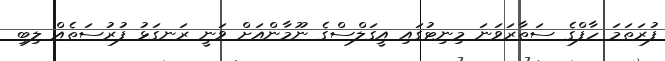
ފުރަތަމަ ހާފްގެ ސަތާރަވަނަ މިނިޓުގައި އީގަލްސްގެ ނޫމާންއަށް ވަނީ ރަނގަޅު ފުރުސަތެއް ލިބި